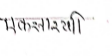
मजकूर: एकसारथी